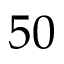
5 0